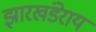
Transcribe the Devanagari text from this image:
झारखंडेराय